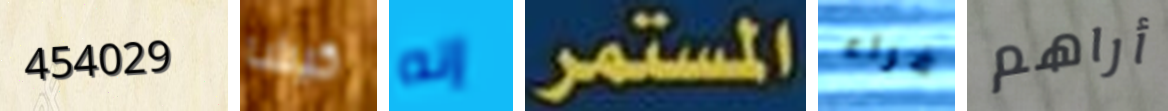
454029 كيشا إنه المستمر فراء أراهم